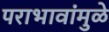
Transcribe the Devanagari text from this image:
पराभावांमुळे